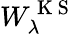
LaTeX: W_{\lambda}^{\mathrm{~K~S~}}